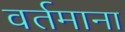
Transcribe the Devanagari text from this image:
वर्तमाना